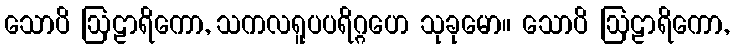
သောပိ ဩဠာရိကော, သကလရူပပရိဂ္ဂဟေ သုခုမော။ သောပိ ဩဠာရိကော,